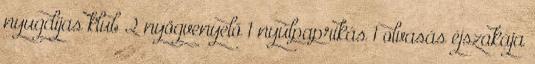
nyugdíjas klub 2 nyögvenyelő 1 nyúlpaprikás 1 olvasás éjszakája